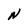
Character: N